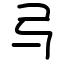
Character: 㢧